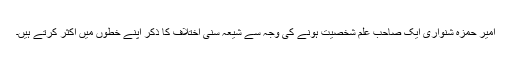
امیر حمزہ شنواری ایک صاحب علم شخصیت ہونے کی وجہ سے شیعہ سنی اختلاف کا ذکر اپنے خطوں میں اکثر کرتے ہیں۔